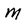
Character: M